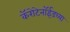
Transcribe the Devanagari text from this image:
कॅरोटेनॉईडच्या